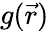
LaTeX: g(\vec{r})